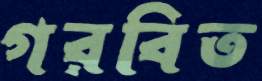
গরবিত